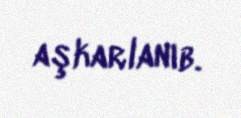
aşkarlanıb.